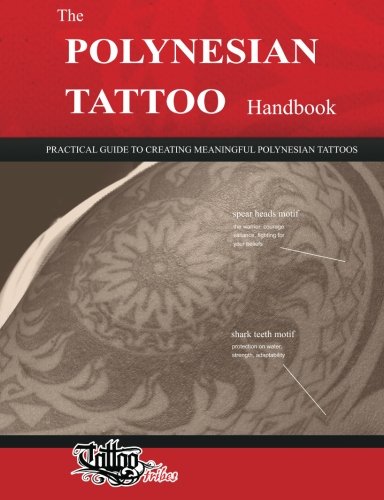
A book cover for The POLYNESIAN TATTOO Handbook: Practical guide to creating meaningful Polynesian tattoos; Roberto Gemori; Arts & Photography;